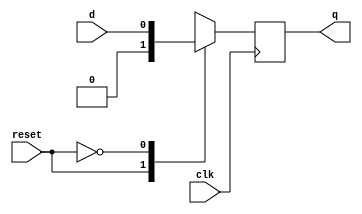
module mux_r_dff( reset,d,clk,q);
  
  input reset,d,clk;
  reg mux_o;
  output reg q;
  always@(reset,d)
    begin
      case(reset)
        1:mux_o=1'b0;
        0:mux_o=d;
      endcase
    end
      always@(posedge clk)
       q<=mux_o;
 
      endmodule